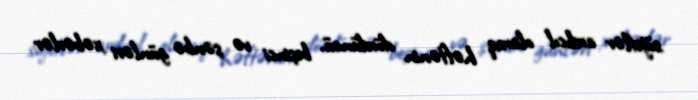
süjetlər ardıcıl olaraq həftənin dördüncü, beşinci və şənbə günləri xəbərlər